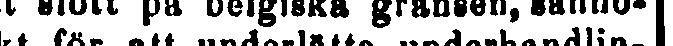
ett slott på belgiska gränsen, sanno-